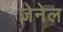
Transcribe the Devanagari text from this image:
जेनेल